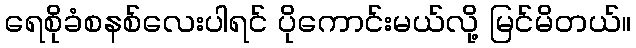
ရေစိုခံစနစ်လေးပါရင် ပိုကောင်းမယ်လို့ မြင်မိတယ်။